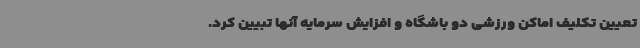
تعیین تکلیف اماکن ورزشی دو باشگاه و افزایش سرمایه آنها تبیین کرد.